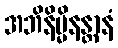
အဘိနိမ္မိနန္တာနံ